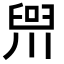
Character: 𪡢